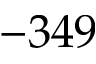
- 3 4 9